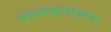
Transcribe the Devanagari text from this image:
बाल्यकाळातच